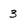
Character: 3